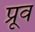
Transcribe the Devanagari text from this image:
प्रूव